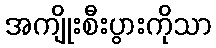
အကျိုးစီးပွားကိုသာ